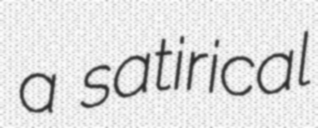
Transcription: a satirical